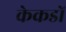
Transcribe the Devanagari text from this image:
केकडों